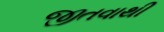
જીતવાથી